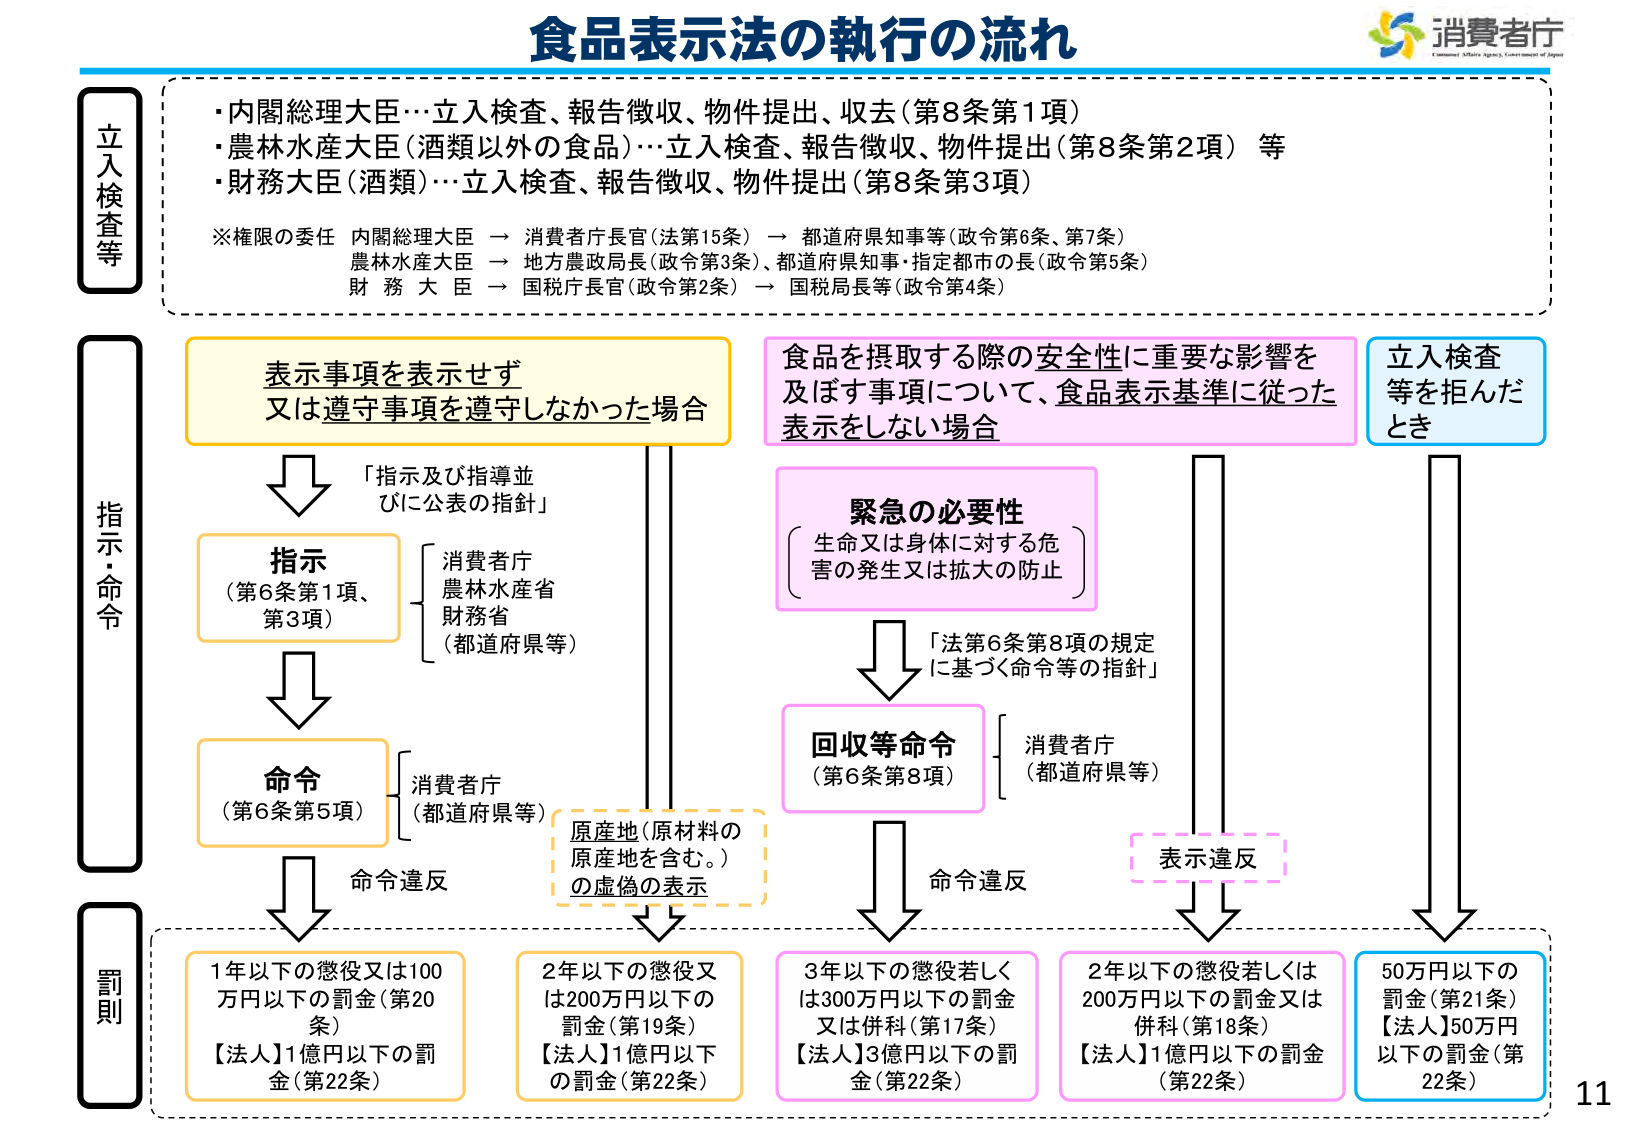
食品表示法の執行の流れ

消費者庁
Consumer Affairs Agency, Government of Japan

立入検査等
・内閣総理大臣…立入検査、報告徴収、物件提出、収去（第8条第1項）
・農林水産大臣（酒類以外の食品）…立入検査、報告徴収、物件提出（第8条第2項）等
・財務大臣（酒類）…立入検査、報告徴収、物件提出（第8条第3項）

※権限の委任
内閣総理大臣 → 消費者庁長官（法第15条） → 都道府県知事等（政令第6条、第7条）
農林水産大臣 → 地方農政局長（政令第3条）、都道府県知事・指定都市の長（政令第5条）
財務大臣 → 国税庁長官（政令第2条） → 国税局長等（政令第4条）

指示・命令

表示事項を表示せず
又は遵守事項を遵守しなかった場合

「指示及び指導並
びに公表の指針」

指示
（第6条第1項、
第3項）
消費者庁
農林水産省
財務省
（都道府県等）

命令
（第6条第5項）
消費者庁
（都道府県等）

命令違反

食品を摂取する際の安全性に重要な影響を
及ぼす事項について、食品表示基準に従った
表示をしない場合

緊急の必要性
（生命又は身体に対する危
害の発生又は拡大の防止）

「法第6条第8項の規定
に基づく命令等の指針」

回収等命令
（第6条第8項）
消費者庁
（都道府県等）

命令違反

立入検査
等を拒んだ
とき

罰則

1年以下の懲役又は100
万円以下の罰金（第20
条）
【法人】1億円以下の罰
金（第22条）

原産地（原材料の
原産地を含む。）
の虚偽の表示

2年以下の懲役又
は200万円以下の
罰金（第19条）
【法人】1億円以下
の罰金（第22条）

3年以下の懲役若しく
は300万円以下の罰金
又は併科（第17条）
【法人】3億円以下の罰
金（第22条）

表示違反

2年以下の懲役若しくは
200万円以下の罰金又は
併科（第18条）
【法人】1億円以下の罰金
（第22条）

50万円以下の
罰金（第21条）
【法人】50万円
以下の罰金（第
22条）

11